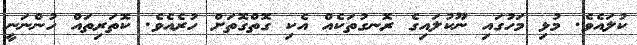
ކުލައެވެ. މުޅި މަހުގައި ނޫކުލައިގެ ރޮނގުތަކެއް އެކި ގޮތްގޮތަށް ހުރެއެވެ. ކޮތަރިތައް ހުންނަނީ